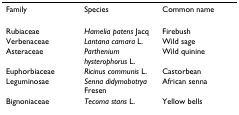
<table><thead><tr><td><b>Family</b></td><td><b>Species</b></td><td><b>Common name</b></td></tr></thead><tbody><tr><td>Rubiaceae</td><td><i>Hamelia patens </i>Jacq</td><td>Firebush</td></tr><tr><td>Verbenaceae</td><td><i>Lantana camara </i>L.</td><td>Wild sage</td></tr><tr><td>Asteraceae</td><td><i>Parthenium hysterophorus </i>L.</td><td>Wild quinine</td></tr><tr><td>Euphorbiaceae</td><td><i>Ricinus communis </i>L.</td><td>Castorbean</td></tr><tr><td>Leguminosae</td><td><i>Senna didymobotrya </i>Fresen</td><td>African senna</td></tr><tr><td>Bignoniaceae</td><td><i>Tecoma stans </i>L.</td><td>Yellow bells</td></tr></tbody></table>